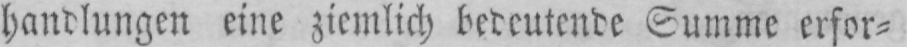
handlungen eine ziemlich bedeutende Summe erfor⸗